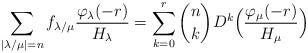
LaTeX: \begin{align*}\sum_{|\lambda/\mu|=n}f_{\lambda/\mu}\frac{\varphi_\lambda(-r)}{H_\lambda}=\sum_{k=0}^{r}\binom{n}{k}D^k\Bigl(\frac{\varphi_\mu(-r)}{H_\mu}\Bigr)\end{align*}